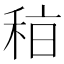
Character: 𥞞